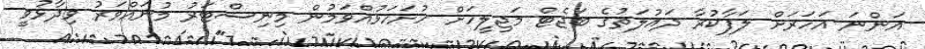
އަންނަ އަހަރަށް ލަފާކުރާ ދައުލަތުގެ ބަޖެޓް މަޖިލީހަށް ހުށަހަޅުއްވަމުން މިނިސްޓަރު މުނައްވަރު ވިދާޅުވީ